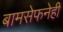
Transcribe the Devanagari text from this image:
बामसेफनेही